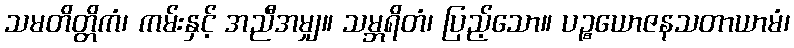
သမတိတ္တိကံ၊ ကမ်းနှင့် အညီအမျှ။ သမ္ဘရိတံ၊ ပြည့်သော။ ပဉ္စယောဇနသတာယာမံ၊